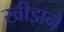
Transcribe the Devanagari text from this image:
खीझने